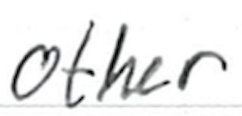
Text: other
Cross-out: clean
Writing tool: ballpoint